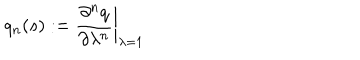
LaTeX: q _ { n } ( s ) : = { \frac { \partial ^ { n } q } { \partial \lambda ^ { n } } } \biggr \vert _ { \lambda = 1 }